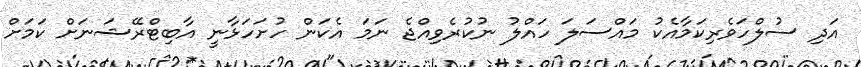
އަދި ސުލްހަވެރިކަމާއެކު މައްސަލަ ހައްލު ނުކުރެވިއްޖެ ނަމަ އެކަން ހުށަހަޅާނީ އާބިޓްރޭޝަނަށް ކަމަށް